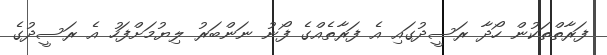
ފަރާތްތަކުން ހޯދާ ރަސީދުގައި އެ ފަރާތެއްގެ ފޯނު ނަންބަރު ލިޔުމަށްފަހު އެ ރަސީދުގެ